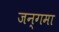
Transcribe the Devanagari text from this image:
जन्गमा